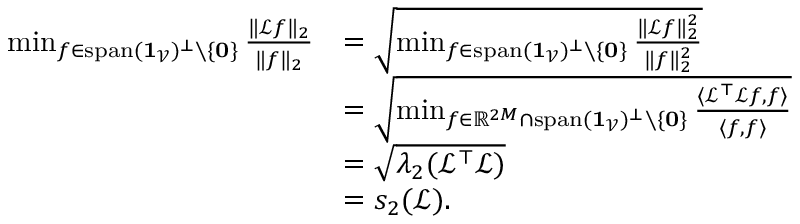
\begin{array} { r l } { \operatorname* { m i n } _ { f \in \mathrm { s p a n } ( \mathbf { 1 } _ { \mathcal { V } } ) ^ { \bot } \setminus \{ \mathbf { 0 } \} } \frac { \| \mathcal { L } f \| _ { 2 } } { \| f \| _ { 2 } } } & { = \sqrt { \operatorname* { m i n } _ { f \in \mathrm { s p a n } ( \mathbf { 1 } _ { \mathcal { V } } ) ^ { \bot } \setminus \{ \mathbf { 0 } \} } \frac { \| \mathcal { L } f \| _ { 2 } ^ { 2 } } { \| f \| _ { 2 } ^ { 2 } } } } \\ & { = \sqrt { \operatorname* { m i n } _ { f \in \mathbb { R } ^ { 2 M } \cap \mathrm { s p a n } ( \mathbf { 1 } _ { \mathcal { V } } ) ^ { \bot } \setminus \{ \mathbf { 0 } \} } \frac { \langle \mathcal { L } ^ { \top } \mathcal { L } f , f \rangle } { \langle f , f \rangle } } } \\ & { = \sqrt { \lambda _ { 2 } ( \mathcal { L } ^ { \top } \mathcal { L } ) } } \\ & { = s _ { 2 } ( \mathcal { L } ) . } \end{array}